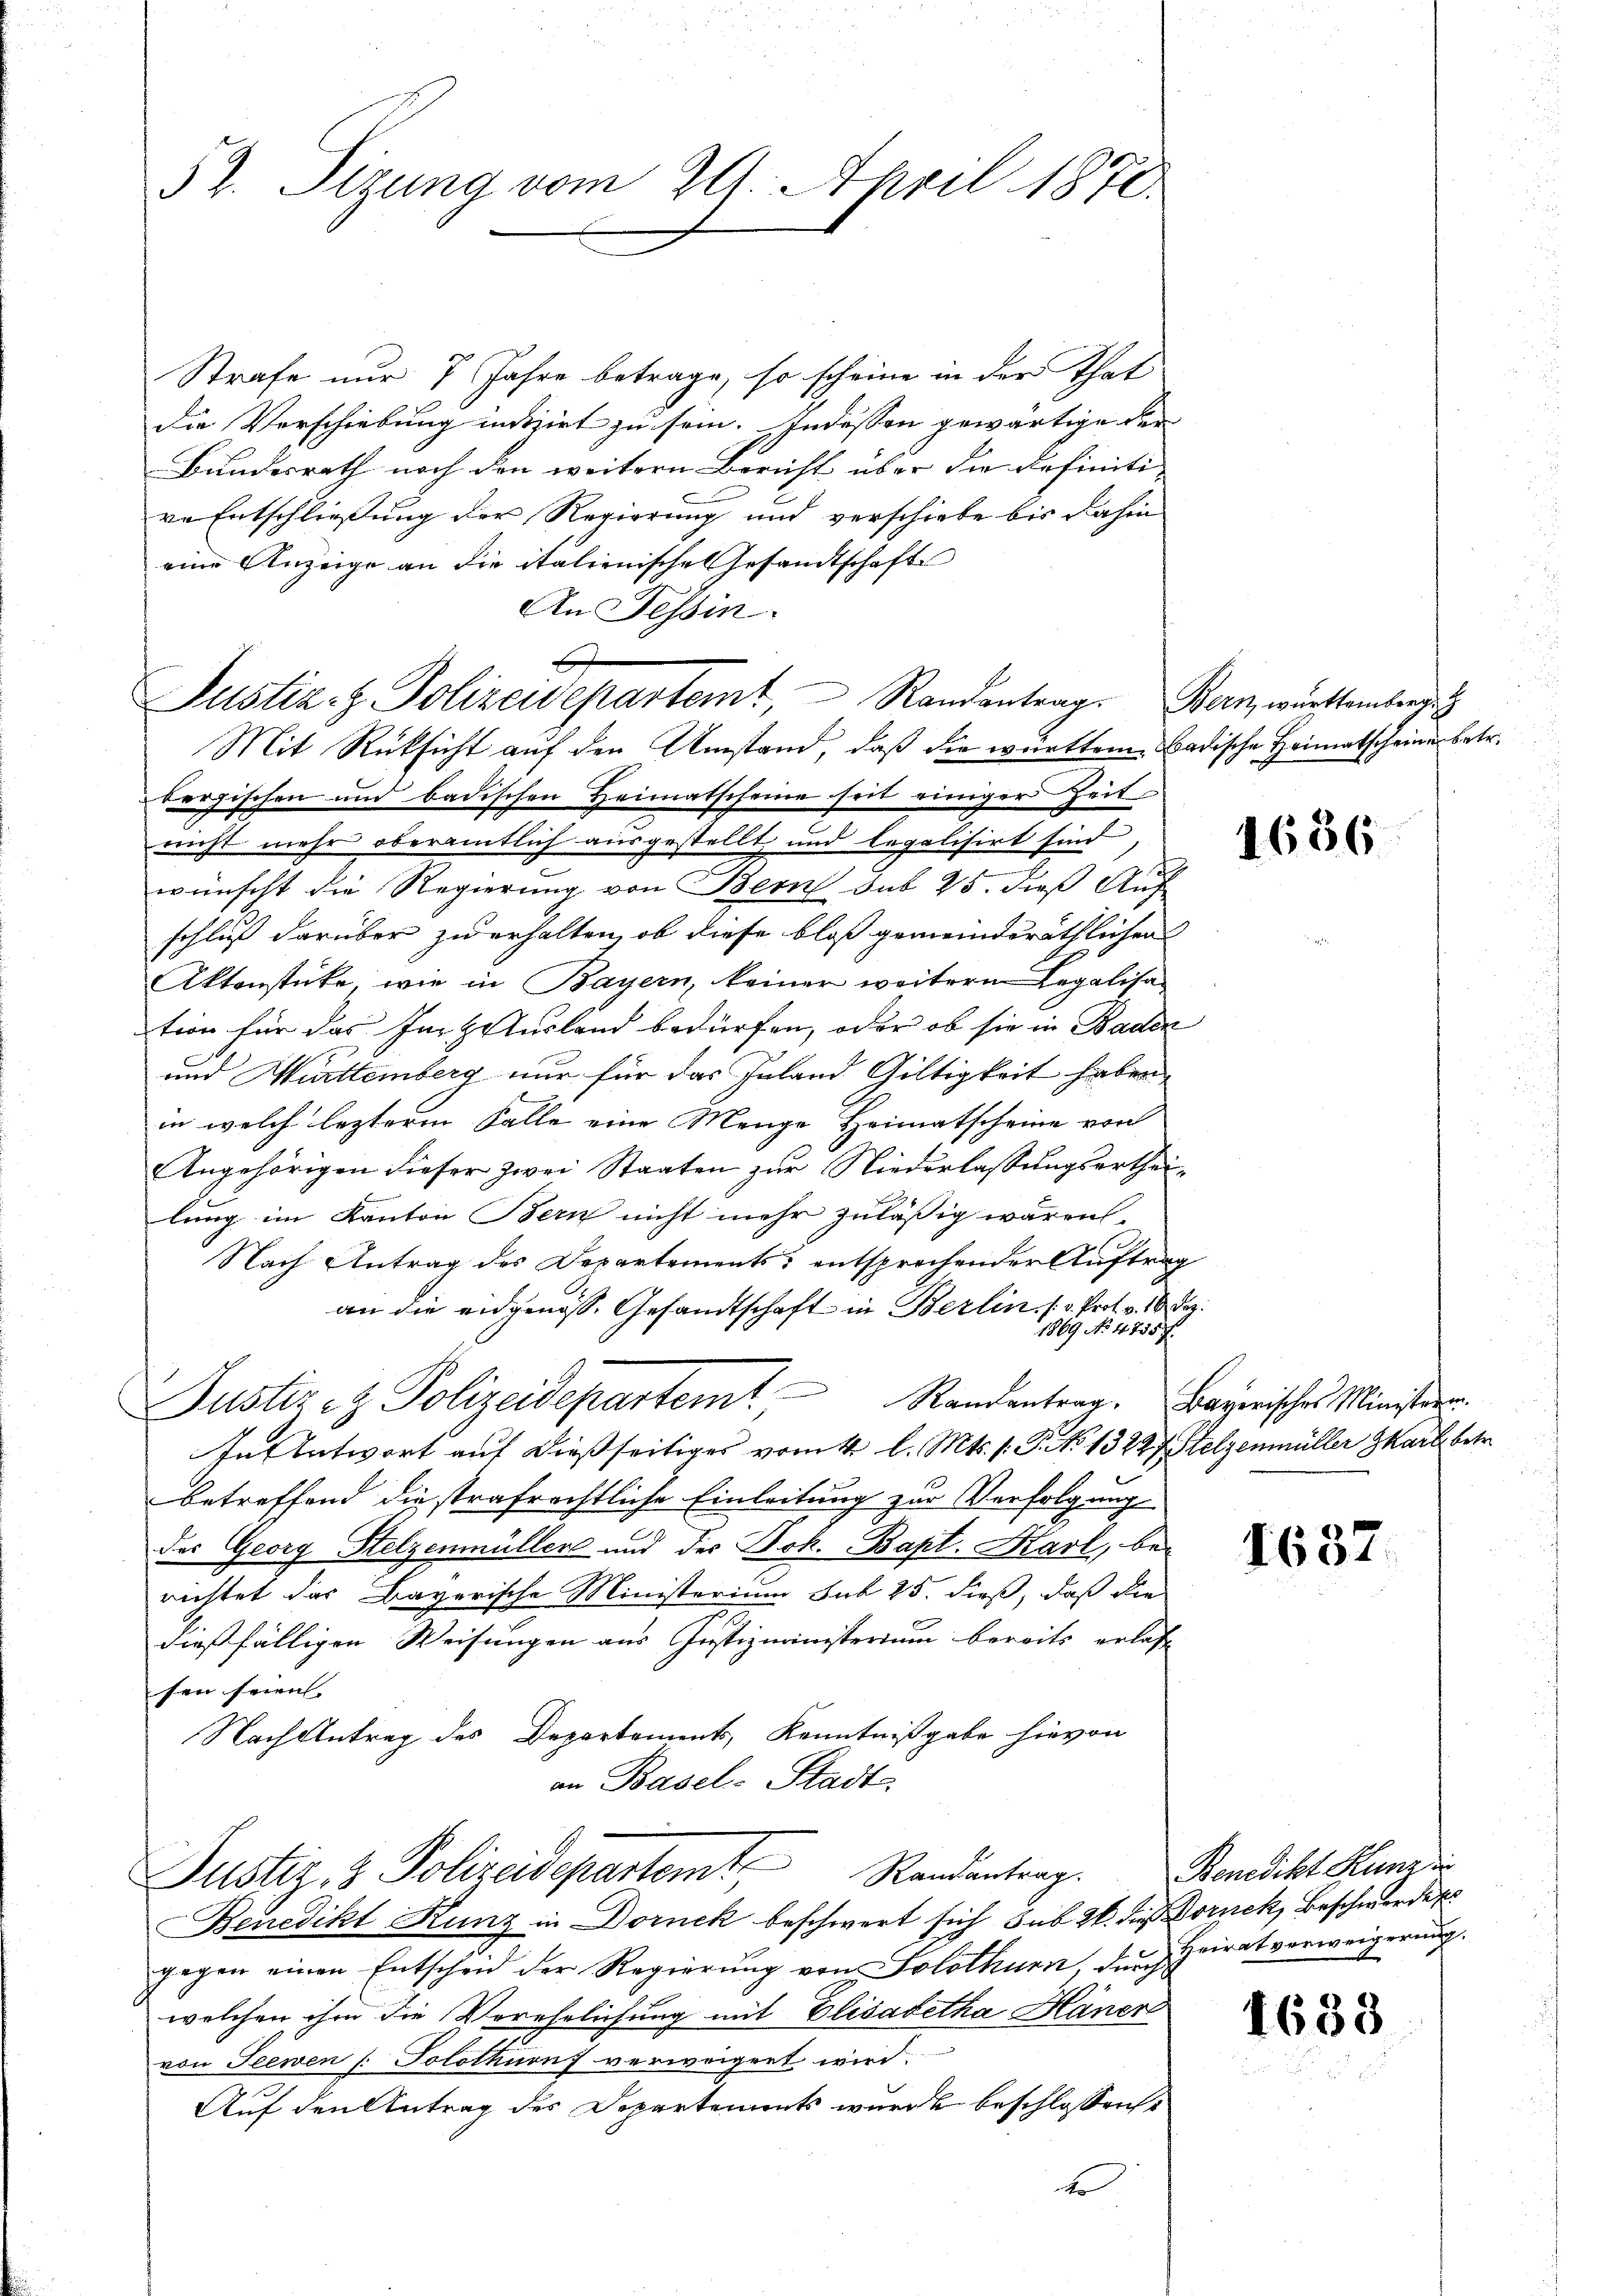
52. Sizung vom 20. April 1870

Strafe nur 7 Jahre betrage, so scheine in der That
die Verschiebung intizirt zu sein. Indessen gewärtige der
Bundesrath noch den weitern Bericht über die Definiti-
re Entschließung der Regierung und verschiebe bis dahin
eine Anzeige an die italienische Gesandtschaft
An Tessin.
bergischen und badischen Heimatscheine seit einiger Zeit
richt mehr oberamtlich ausgestellt, und legalisirt sind,
wünscht die Regierung von Bern sub 25. dieß Auf
schluß darüber zu erhalten, ob diese bloß gemeinderäthlichen
Aktenstücke, wie in Bayern, keiner weitern Legalisa-
tion für das Jurz Ausland bedürfen, oder ob sie in Baden
und Württemberg nur für das Inland Gültigkeit haben,
in welch lezterm Falle eine Menge Heimatscheine von
Angehörigen dieser zwei Staaten zur Niederlassungserthei¬

lung im Kanton Bern nicht mehr zuläßig wären.
Nach Antrag des Departements entsprochender Auftrag
an die eidgenöss. Gesandtschaft in Berlin (v. Prot. v. 10. Dez.
1869 No 4755 f.
Justiz & Polizeidepartem Randentrag. Payerisches Ministerr
In Antwort auf dießseitiges vom 4 l. Mts. 1. P. No 13227. Helzenmüller Karl betr.
betreffend die strafrechtliche Einleitung zur Verfolgung
des Georg Stelzenmüller und der Bek. Bapt. Karl, bei
richtet das Bayerische Ministerium sub 25. dieß, daß die
dießfälligen Weisungen aus Justizministerium bereits erlasse
sen seien. |
Nach Antrag des Departements, Kenntnißgabe hievon
an Basel-Stadt

Justiz- & Polizeidepartemt, Randantrag. Bern, württembergi
Mit Rücksicht auf den Umstand, daß die württem Badische Heimatscheinen betr.

Justiz- & Polizeidepartemt Randentrag.
Benedikt Kunz in Dornek beschwert sich sub 20. die Dornek, Beschwerden

gegen einen Entscheid der Regierŭng von Solothurn, der Heirat verweigerung.
welchen ihm die Verehelichung mit Elisabetha Häner
von Seewen /: Solothurn verweigent wird.
Auf den Antrag des Departements wurde beschlossen:
t

4

1636

1637.

Benedikt Kunz in

4638